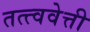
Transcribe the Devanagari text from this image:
तत्त्ववेत्ती